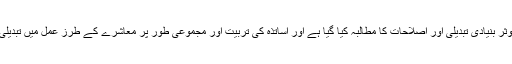
اس رپورٹ میں قانون سازی میں موثر بنیادی تبدیلی اور اصلاحات کا مطالبہ کیا گیا ہے اور اساتذہ کی تربیت اور مجموعی طور پر معاشرے کے طرز عمل میں تبدیلی کی ضرورت پر زور دیا گیا ہے ۔